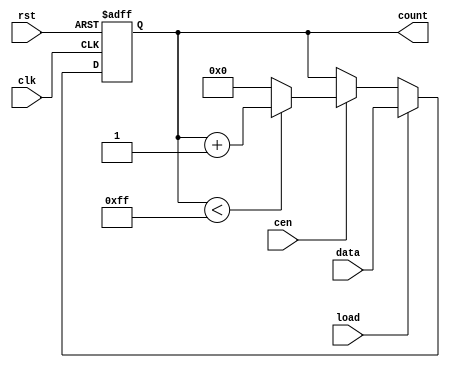
module SynchronousLoadCounter #(
    parameter WIDTH = 8,                // Parameter for bit width of the counter
    parameter MAX_VALUE = 8'hFF,        // Maximum value for wrap-around
    parameter MIN_VALUE = 8'h00         // Minimum value for wrap-around
)(
    input wire clk,                      // Clock signal
    input wire rst,                      // Asynchronous reset
    input wire load,                     // Load control signal
    input wire cen,                      // Count enable signal
    input wire [WIDTH-1:0] data,        // Data input for loading
    output reg [WIDTH-1:0] count        // Counter output
);
    
    // Asynchronous Reset
    always @(posedge clk or posedge rst) begin
        if (rst) begin
            count <= MIN_VALUE;          // Reset to minimum value
        end else if (load) begin
            count <= data;               // Load the data value
        end else if (cen) begin
            // Count up or down based on the counting direction
            if (count < MAX_VALUE) begin
                count <= count + 1;      // Increment count (up counting)
            end else begin
                count <= MIN_VALUE;       // Wrap around when exceeding maximum
            end
        end
    end

endmodule